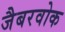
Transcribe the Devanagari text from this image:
जैबरवोक